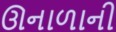
ઊનાળાની